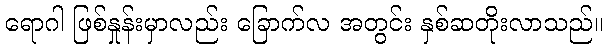
ရောဂါ ဖြစ်နှုန်းမှာလည်း ခြောက်လ အတွင်း နှစ်ဆတိုးလာသည်။